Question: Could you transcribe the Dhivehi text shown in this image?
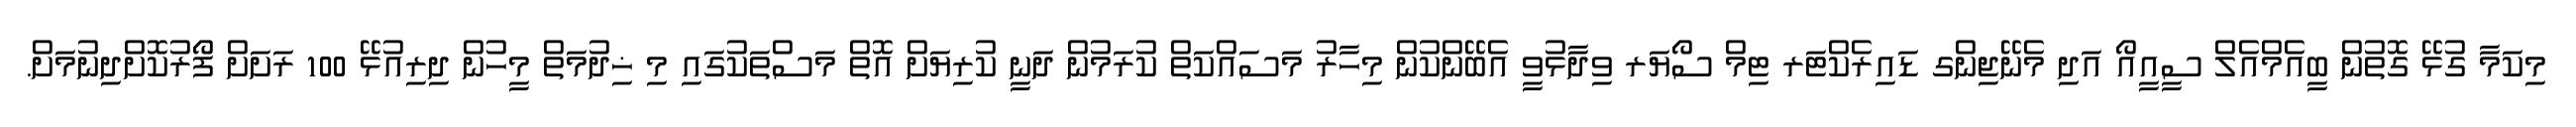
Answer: މިކަމާ ގުޅޭ ގޮތުން ބީއެމްއެލް ސީއީއޯ އަދި މެނޭޖިންގ ޑައިރެކްޓަރ ޓިމް ސޯޔަރ ވިދާޅުވީ އެބޭންކުން މިހާރު މަސައްކަތް ކުރަމުން ދަނީ ކުރިޔަށް އޮތް މަސްތަކުގައި މި ޚިދުމަތް މީހުން ދިރިއުޅޭ 100 ރަށަށް ފޯރުކޮށްދިނުމަށް.